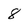
Character: 8